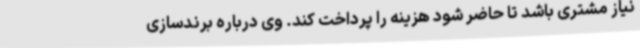
نیاز مشتری باشد تا حاضر شود هزینه را پرداخت کند. وی درباره برندسازی